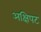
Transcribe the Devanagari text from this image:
अक्षिपट